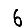
Digit: 6